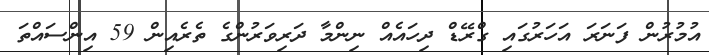
އުމުރުން ފަނަރަ އަހަރުގައި ގްރޭޑް ދިހައެއް ނިންމާ ދަރިވަރުންގެ ތެރެއިން 59 އިންސައްތަ